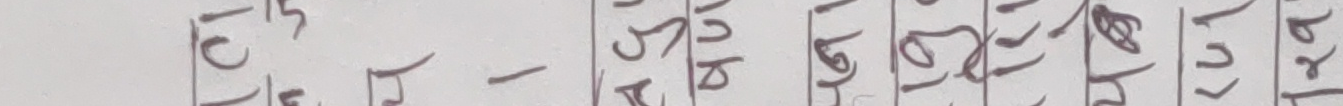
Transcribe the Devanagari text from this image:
ct रा srb 167 रितो २१ ra